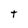
Character: t